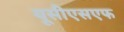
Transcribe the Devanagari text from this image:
यूसीएसएफ